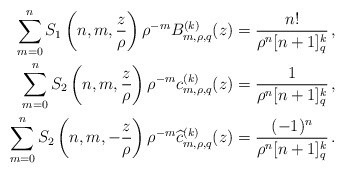
\begin{align*} \sum_{m=0}^n S_1\left(n,m,\frac{z}{\rho}\right)\rho^{-m}B_{m,\rho,q}^{(k)}(z)&=\frac{n!}{\rho^n[n+1]_q^k}\,,\\\sum_{m=0}^n S_2\left(n,m,\frac{z}{\rho}\right)\rho^{-m}c_{m,\rho,q}^{(k)}(z)&=\frac{1}{\rho^n[n+1]_q^k}\,,\\\sum_{m=0}^n S_2\left(n,m,-\frac{z}{\rho}\right)\rho^{-m}\widehat c_{m,\rho,q}^{(k)}(z)&=\frac{(-1)^n}{\rho^n[n+1]_q^k}\,.\end{align*}